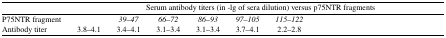
<table><thead><tr><td>[EMPTY_CELL]</td><td colspan="9"><b>Serum antibody titers (in -lg of sera dilution) versus p75NTR fragments</b></td></tr></thead><tbody><tr><td>P75NTR fragment</td><td>[EMPTY_CELL]</td><td><i>39</i>–<i>47</i></td><td><i>66</i>–<i>72</i></td><td><i>86</i>–<i>93</i></td><td><i>97</i>–<i>105</i></td><td><i>115</i>–<i>122</i></td><td>[EMPTY_CELL]</td><td>[EMPTY_CELL]</td><td>[EMPTY_CELL]</td></tr><tr><td>Antibody titer</td><td>3.8–4.1</td><td>3.4–4.1</td><td>3.1–3.4</td><td>3.1–3.4</td><td>3.7–4.1</td><td>2.2–2.8</td><td>[EMPTY_CELL]</td><td>[EMPTY_CELL]</td><td>[EMPTY_CELL]</td></tr></tbody></table>